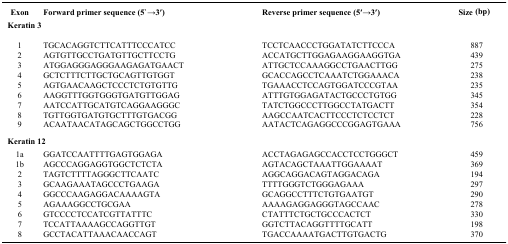
<table><thead><tr><td><b>Exon</b></td><td><b>Forward primer sequence (5`→3′)</b></td><td><b>Reverse primer sequence (5′→3′)</b></td><td><b>Size (bp)</b></td></tr></thead><tbody><tr><td colspan="4"><b>Keratin 3</b></td></tr><tr><td>1</td><td>TGCACAGGTCTTCATTTCCCATCC</td><td>TCCTCAACCCTGGATATCTTCCCA</td><td>887</td></tr><tr><td>2</td><td>AGTGTTGCCTGATGTTGCTTCCTG</td><td>ACCATGCTTGGAGAAGGAAGGTGA</td><td>439</td></tr><tr><td>3</td><td>ATGGAGGGAGGGAAGAGATGAACT</td><td>ATTGCTCCAAAGGCCTGAACTTGG</td><td>275</td></tr><tr><td>4</td><td>GCTCTTTCTTGCTGCAGTTGTGGT</td><td>GCACCAGCCTCAAATCTGGAAACA</td><td>238</td></tr><tr><td>5</td><td>AGTGAACAAGCTCCCTCTGTGTTG</td><td>TGAAACCTCCAGTGGATCCCGTAA</td><td>235</td></tr><tr><td>6</td><td>AAGGTTTGGTGGGTGATGTTGGAG</td><td>ATTTGTGGAGATACTGCCCTGTGG</td><td>345</td></tr><tr><td>7</td><td>AATCCATTGCATGTCAGGAAGGGC</td><td>TATCTGGCCCTTGGCCTATGACTT</td><td>354</td></tr><tr><td>8</td><td>TGTTGGTGATGTGCTTTGTGACGG</td><td>AAGCCAATCACTTCCCTCTCCTCT</td><td>228</td></tr><tr><td>9</td><td>ACAATAACATAGCAGCTGGCCTGG</td><td>AATACTCAGAGGCCCGGAGTGAAA</td><td>756</td></tr><tr><td colspan="4"><b>Keratin 12</b></td></tr><tr><td>1a</td><td>GGATCCAATTTTGAGTGGAGA</td><td>ACCTAGAGAGCCACCTCCTGGGCT</td><td>459</td></tr><tr><td>1b</td><td>AGCCCAGGAGGTGGCTCTCTA</td><td>AGTACAGCTAAATTGGAAAAT</td><td>369</td></tr><tr><td>2</td><td>TAGTCTTTTAGGGCTTCAATC</td><td>AGGCAGGACAGTAGGACAGA</td><td>194</td></tr><tr><td>3</td><td>GCAAGAAATAGCCCTGAAGA</td><td>TTTTGGGTCTGGGAGAAA</td><td>297</td></tr><tr><td>4</td><td>GGCCCAAGAGGACAAAAGTA</td><td>GCAGGCCTTTCTGTGAATGT</td><td>290</td></tr><tr><td>5</td><td>AGAAAGGCCTGCGAA</td><td>AAAAGAGGAGGGTAGCCAAC</td><td>278</td></tr><tr><td>6</td><td>GTCCCCTCCATCGTTATTTC</td><td>CTATTTCTGCTGCCCACTCT</td><td>330</td></tr><tr><td>7</td><td>TCCATTAAAAGCCAGGTTGT</td><td>GGTCTTACAGGTTTTGCATT</td><td>198</td></tr><tr><td>8</td><td>GCCTACATTAAACAACCAGT</td><td>TGACCAAAATGACTTGTGACTG</td><td>370</td></tr></tbody></table>